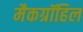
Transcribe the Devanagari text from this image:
मैकग्रॉहिल